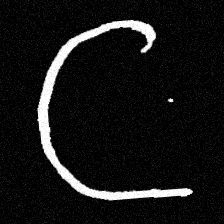
Pyu character \u2014 Myanmar letter: ဋ (romanized: tta)